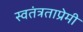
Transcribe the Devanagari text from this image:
स्वतंत्रताप्रेमी